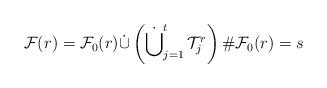
LaTeX: \begin{align*}\mathcal{F}(r)=\mathcal{F}_0(r)\dot{\cup}\left(\dot{\bigcup}_{j=1}^t\,\mathcal{T}_j^r\right) \#\mathcal{F}_0(r)=s\end{align*}